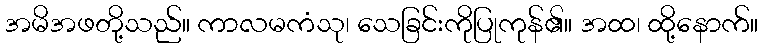
အမိအဖတို့သည်။ ကာလမကံသု၊ သေခြင်းကိုပြုကုန်၏။ အထ၊ ထို့နောက်။